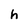
Character: h